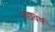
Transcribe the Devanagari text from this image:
सद्यवर्ष